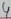
Text: 5